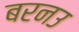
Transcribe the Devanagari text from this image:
बरनउ